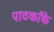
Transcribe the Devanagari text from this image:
पाठकॉके